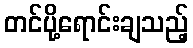
တင်ပို့ရောင်းချသည့်